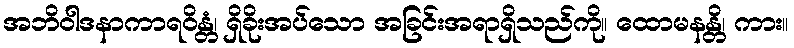
အဘိဝါဒနာကာရဝိန္တံ၊ ရှိခိုးအပ်သော အခြင်းအရာရှိသည်ကို။ ထောမနန္တိ၊ ကား။